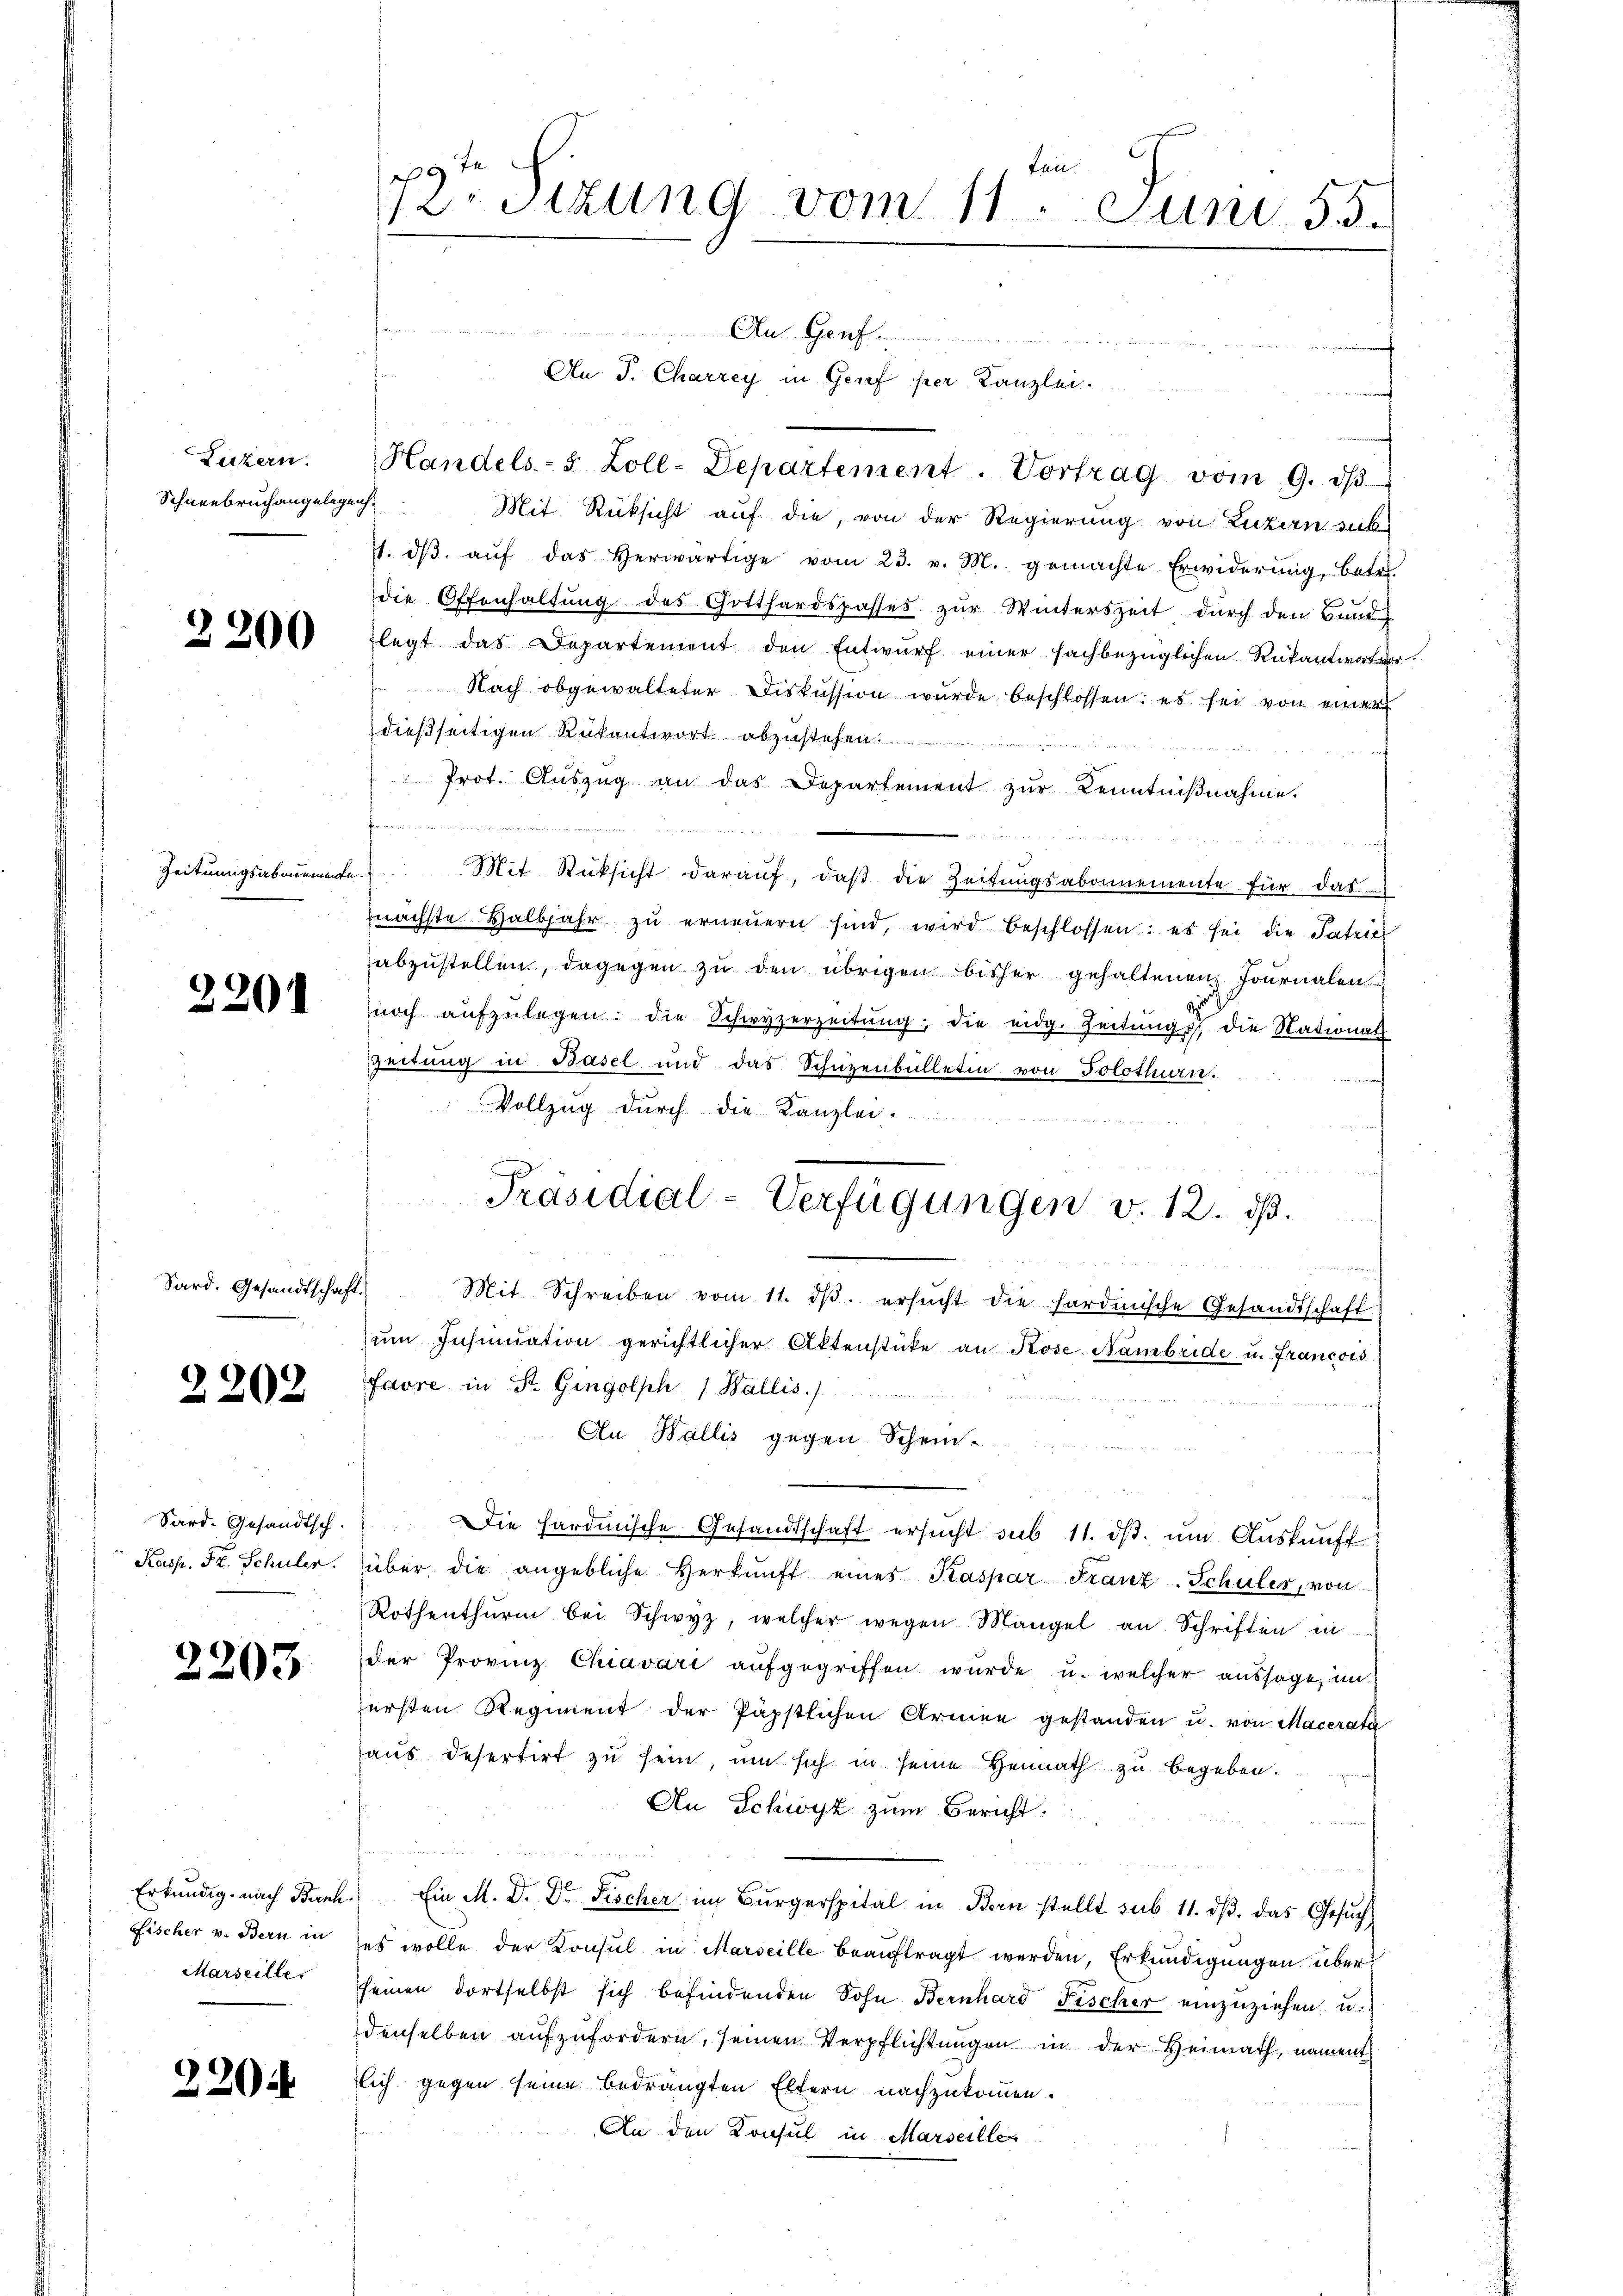
Luzern.
Schneebruch angelegen

2200

Zeitungsabonemente

2201

Sard. Gesandtschaft.

2202

Sard. Gesandtsch.
Kasp. Fr. Schüler.

2203

Erkundig. nach Barh.
Fischer v. Bern in
Marseille

220

ten
9te
ritzung vom 11. Juni 55.

i
4.
Mit Rücksicht auf die, von der Regierung von Luzern sub
7. dβ aŭf das herwärtige vom 23. v. M. gemachte Erwiderŭng, betr.
die Offenhaltung des Gotthardspasses zur Winterszeit durch den Bund
legt das Departement den Entwurf einer sachbezüglichen Rükantwort vor
Nach obgewalteter Diskussion wurde beschlossen: es sei von einer
dießseitigen Rükantwort abzustehen.

Prot. Aŭszŭg an das Departement zŭr Kenntniβnahme.
n
un
Mit Rücksicht darauf, daß die Zeitungsabonnemente für das
nächste Halbjahr zŭ erneuern sind, wird beschlossen: es sei die Patriel
abzustellen, dagegen zu den übrigen bisher gehaltenen Journalen
noch aŭfzŭlegen: die Schwyzerzeitŭng, die eidg. Zeitŭngs die National
Zeitung in Basel und das Schüzenbülletin von Solothurn.
Vollzug durch die Kanzlei.
ŭm Insinuation gerichtlicher Aktenstücke an Rose Nambride u. Francois
Favre in St. Gingolph 1 Wallis)
t
Au Wallis gegen Schein-
Die Hardmische Gesandtschaft ersŭcht sub 11. dβ. ŭm Aŭskŭnft
über die angebliche Herkŭnft eines Kaspar Franz-Schüler, von
Rothenthŭrm bei Schwyz, welcher wegen Mangel an Schriften in
der Provinz Chiavari aufgegriffen wurde u. welcher aussage, in
ersten Regiment der Päpstlichen Armee gestanden u. von Macerata
aus desertirt zu sein, um sich in seine Heimath zu begeben.
An Schwyz zum Bericht.
Ein M. D. Dr. Fischer im Bürgerspital in Bern stellt sub. 11. dβ. das Gesuch
es wolle der Konsul in Marseille beauftragt werden, Erkundigungen über
seinen dortselbst sich befindenden Sohn Bernhard Fischer einzuziehen, u.
denselben aufzufordern, seinen Verpflichtungen in der Heimath, nament
ich gegen seine bedrängten Eltern nachzukommen.
An den Konsul in Marseille.

Handels-S. Zoll-Departement. Vortrag vom 9. dβ

Au. Genf
An J. Charrey in Genf per Kanzlei.

Präsidial-Verfügungen v. 12. ds.
Mit Schreiben vom 11. dβ. ersŭcht die hardische Gesandtschaft